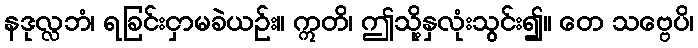
နဒုလ္လဘံ၊ ရခြင်းငှာမခဲယဉ်း။ ဣတိ၊ ဤသို့နှလုံးသွင်း၍။ တေ သဗ္ဗေပိ၊